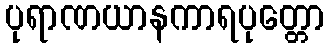
ပုရာဏယာနကာရပုတ္တော